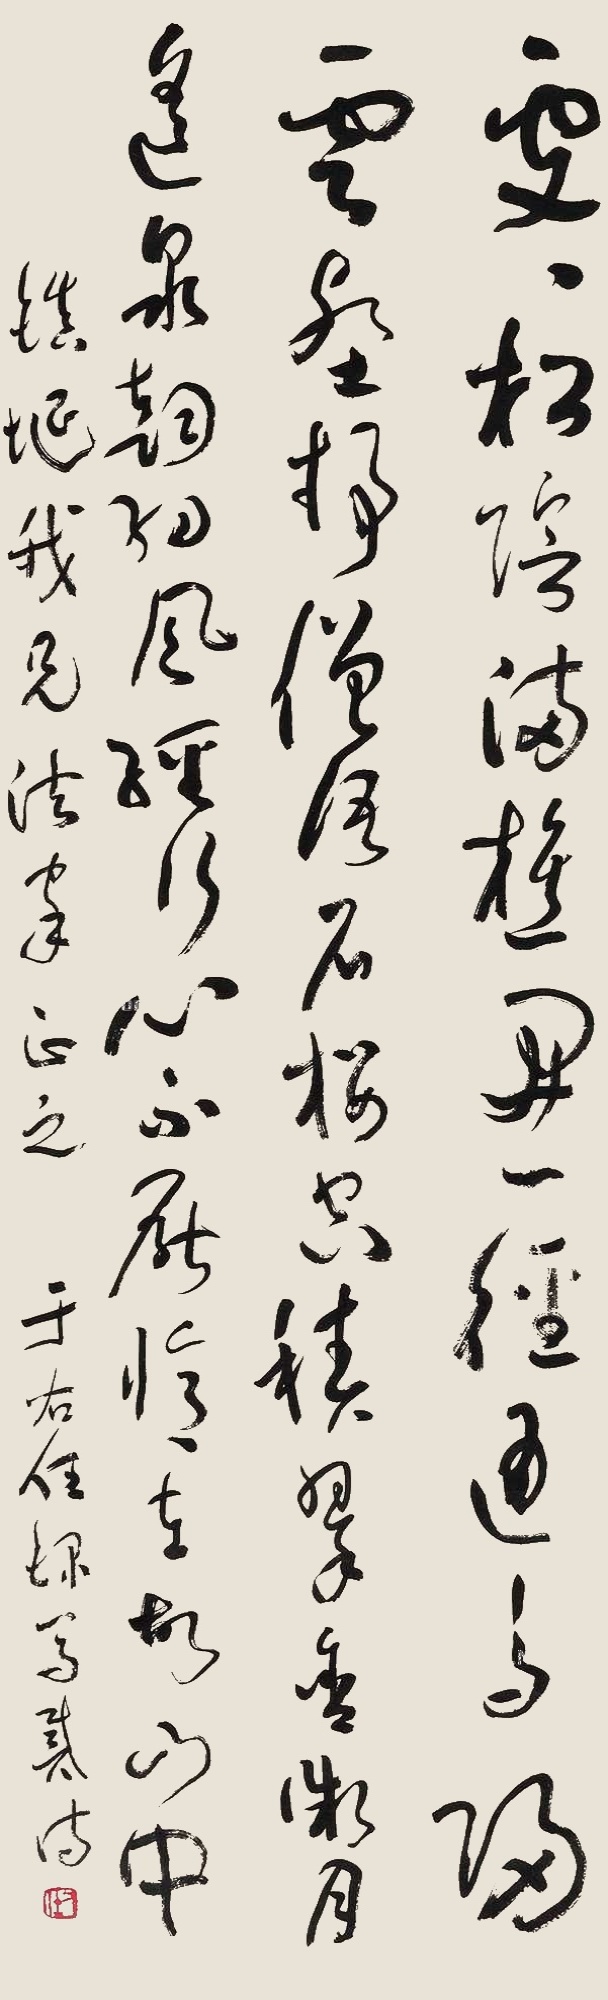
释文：处处松阴满，樵开一径通。鸟归云壑静，僧语石楼空。积翠含微月，遥泉韵细风。经行心不厌，忆在故山中。镇埏我兄法家正之，于右任录写贰诗。